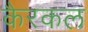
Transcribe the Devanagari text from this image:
कैरकल